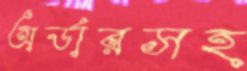
অর্ডারসহ